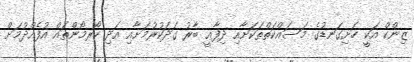
ޒިންކް އަކީ ހަށިގަނޑުގެ މަސައްކަތްތަކަށާއި ދިފާޢީ ބާރު ގަދަކުރުމަށާއި އަދި ހޯރމޯންތައް އުފެއްދުމަށް